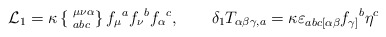
\begin{align*}{\cal L}_1 =\kappa \left\{ \phantom{|}^{\mu\nu\alpha}_{abc} \right\}f_\mu{}^a f_\nu{}^b f_\alpha{}^c, \qquad \delta_1T_{\alpha\beta\gamma,a} = \kappa\varepsilon_{abc[\alpha\beta} f_{\gamma]}{}^b \eta^c\end{align*}